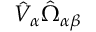
\hat { V } _ { \alpha } \hat { \Omega } _ { \alpha \beta }